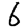
Digit: 6